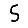
Digit: 5